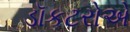
ડૉકટરોએ